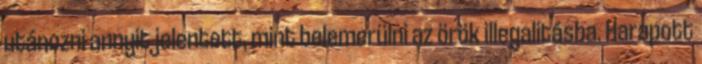
utánozni annyit jelentett, mint belemerülni az örök illegalitásba. Harapott